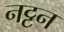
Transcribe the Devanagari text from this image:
नट्टन